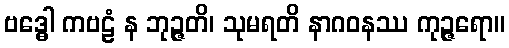
ဗဒ္ဓေါ ကဗဠံ န ဘုဉ္ဇတိ၊ သုမရတိ နာဂဝနဿ ကုဉ္ဇရော။